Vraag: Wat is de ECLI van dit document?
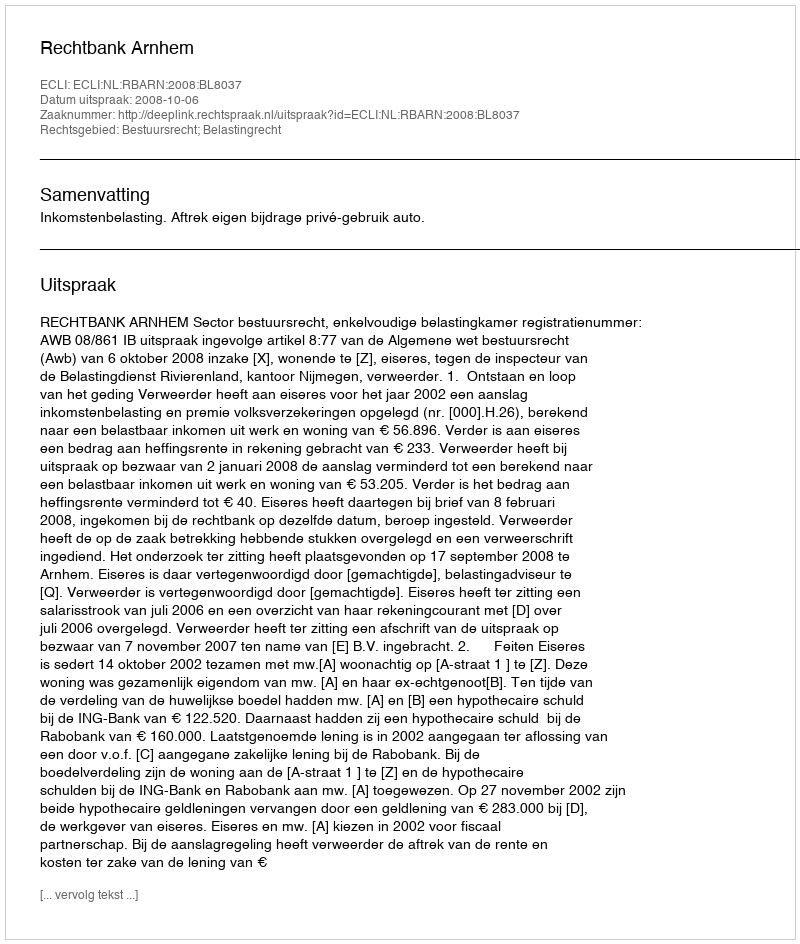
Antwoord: ECLI:NL:RBARN:2008:BL8037